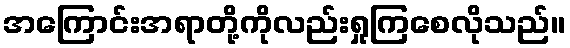
အကြောင်းအရာတို့ကိုလည်းရှုကြစေလိုသည်။